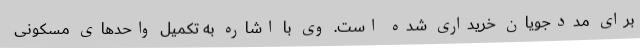
برای مددجویان خریداری شده است. وی با اشاره به تکمیل واحدهای مسکونی